Annual report of the Civil Veterinary Department, Bengal, and of the Bengal Veterinary College for the year 1905-1906 - 1905-1906
Year: 1905
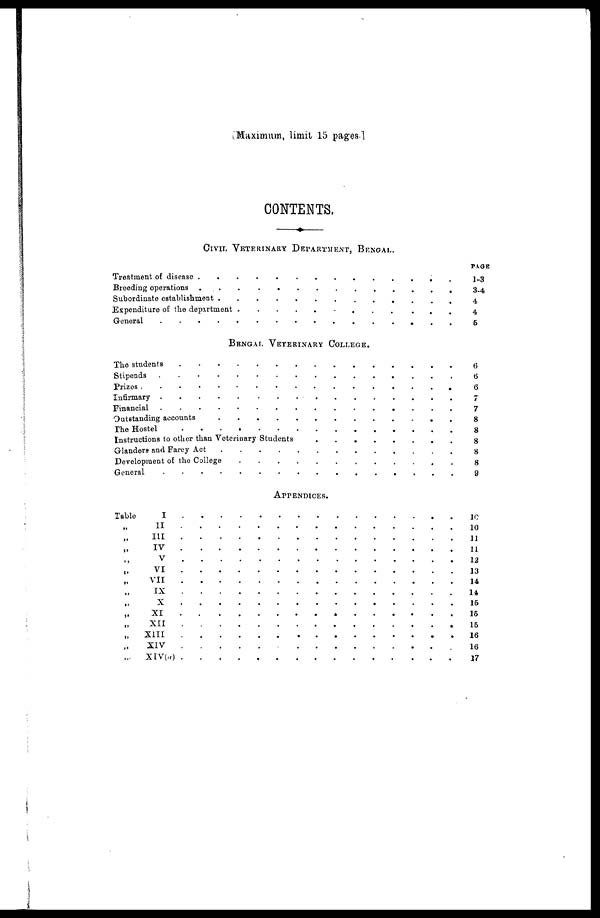
Maximum, limit 15 pages.
CONTENTS.
CIVIL VETERINARY DEPARTMENT, BENGAL.
Treatment of disease . . . . . . . . . . . . . .
Breeding operations . . . . . . . . . . . . . .
Subordinate establishment . . . . . . . . . . . . . .
Expenditure of the department . . . . . . . . . . . . . .
General . . . . . . . . . . . . . .
BENGAL VETERINARY COLLEGE.
The students . . . . . . . . . . . . . .
Stipends . . . . . . . . . . . . . .
Prizes . . . . . . . . . . . . . .
Infirmary . . . . . . . . . . . . . .
Financial . . . . . . . . . . . . . .
Outstanding accounts . . . . . . . . . . . . . .
The Hostel . . . . . . . . . . . . . .
Instructions to other than Veterinary Students . . . . . . . . . . . . . .
Glandere and Farey Act . . . . . . . . . . . . . .
Development of the College . . . . . . . . . . . . . .
General . . . . . . . . . . . . . .
APPENDICES.
Table
I . . . . . . . . . . . . . .
„ II . . . . . . . . . . . . .
„ III . . . . . . . . . . . . .
„ IV . . . . . . . . . . . . .
„ V . . . . . . . . . . . . .
„ VI . . . . . . . . . . . . .
„ VII . . . . . . . . . . . . .
„ IX . . . . . . . . . . . . . .
„ X . . . . . . . . . . . . .
„ XI . . . . . . . . . . . . . .
„ XII . . . . . . . . . . . . . .
„ XIII . . . . . . . . . . . . .
„ XIV . . . . . . . . . . . . . .
„ XIV(a) . . . . . . . . . . . . .
PAGE
1-3
3-4
4
4
5
6
6
6
7
7
8
8
8
8
8
9
10
10
11
11
12
13
14
14
15
15
15
16
16
17